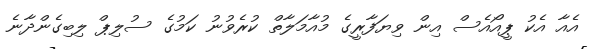
އެއާ އެކު ޕީއޯއެސް އިން ވިޔަފާރީގެ މުއާމަލާތް ކުރެވުނު ކަމުގެ ސުލިޕް ލިބިގެންދާނެ